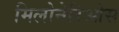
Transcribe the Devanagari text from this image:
मिलोनेरिओस